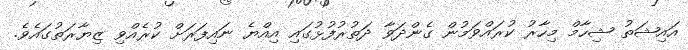
އައިޝަތު ޝިހާމް މިހާރު ކުރައްވަމުން ގެންދަވާ ދަތުރުފުޅުގައި އިއްޔެ ނައިފަރަށް ކުރެއްވި ޒިޔާރަތުގައެވެ.